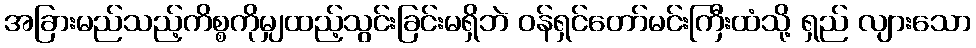
အခြားမည်သည့်ကိစ္စကိုမျှထည့်သွင်းခြင်းမရှိဘဲ ဝန်ရှင်တော်မင်းကြီးထံသို့ ရှည် လျားသော